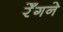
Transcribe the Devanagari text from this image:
रेँगने